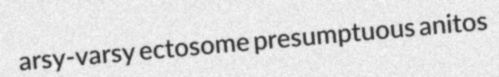
arsy-varsy ectosome presumptuous anitos